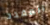
المقدد